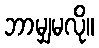
ဘာမျှမလို။